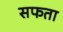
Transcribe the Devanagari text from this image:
सफता